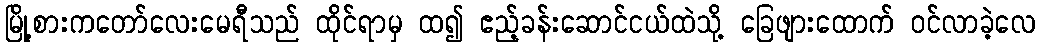
မြို့စားကတော်လေးမေရီသည် ထိုင်ရာမှ ထ၍ ဧည့်ခန်းဆောင်ငယ်ထဲသို့ ခြေဖျားထောက် ဝင်လာခဲ့လေ